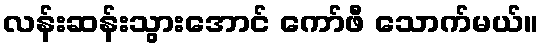
လန်းဆန်းသွားအောင် ကော်ဖီ သောက်မယ်။